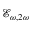
\mathcal { E } _ { \omega , 2 \omega }